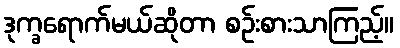
ဒုက္ခရောက်မယ်ဆိုတာ စဉ်းစားသာကြည့်။